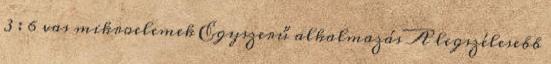
3 : 6 vas mikroelemek Egyszerű alkalmazás A legszélesebb